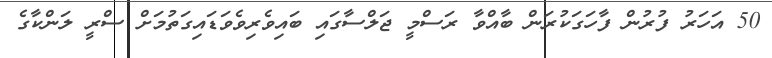
50 އަހަރު ފުރުން ފާހަގަކުރަން ބާއްވާ ރަސްމީ ޖަލްސާގައި ބައިވެރިވެވަޑައިގަތުމަށް ސްރީ ލަންކާގެ